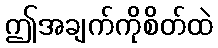
ဤအချက်ကိုစိတ်ထဲ